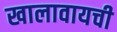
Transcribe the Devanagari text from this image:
खालावायची